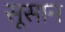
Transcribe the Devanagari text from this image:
सूसान